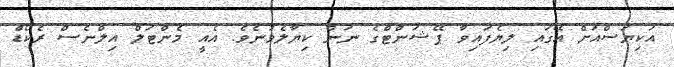
އަކިޔަސްއަށް އޭގައި ލިޔެފައިވާ ޕޭޝަންޓްގެ ނަން ކިޔާލެވުނެވެ. އެއީ މެންޓަލް އިލްނެސް ރެކޯޑް